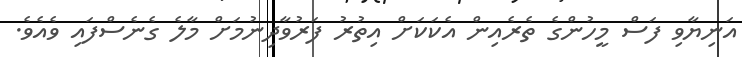
އަނިޔާވި ފަސް މީހުންގެ ތެރެއިން އެކަކަށް އިތުރު ފަރުވާދިނުމަށް މާލެ ގެނެސްފައި ވެއެވެ.